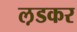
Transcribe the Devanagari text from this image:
ल़डकर